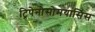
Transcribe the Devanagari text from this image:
ट्रिपेनोसोमयासिस